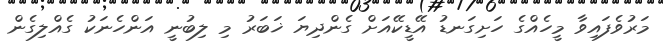
މަރުވެފައިވާ މީހެއްގެ ހަށިގަނޑު އޭޑީކޭއަށް ގެންދިޔަ ޚަބަރު މި ލިބުނީ އަންހެނަކު ގެއްލިގެން